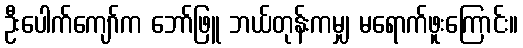
ဦးပေါက်ကျော်က ဘော်ဖြူ ဘယ်တုန်းကမျှ မရောက်ဖူးကြောင်း။